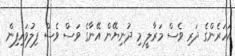
އަހަރެންގެ ދަރި ވެސް މަރާލީ މި ދުނިޔޭން އޭނާގެ ވަސް ވެސް ފިލުވައިފިން